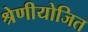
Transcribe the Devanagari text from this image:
श्रेणीयोजित